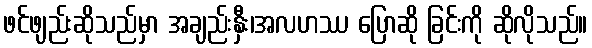
ဖင်ဖျည်းဆိုသည်မှာ အချည်းနှီး၊အလဟဿ ပြောဆို ခြင်းကို ဆိုလိုသည်။